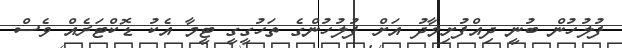
ފުލުހުން ބުނީ ދިއްފުށިމާދު އަށް ފުލުހުންގެ ތަހުގީގީ ޓީމާ އެކު ޑޮކްޓަރެއް ވެސް